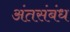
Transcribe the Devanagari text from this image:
अंतसंबंध